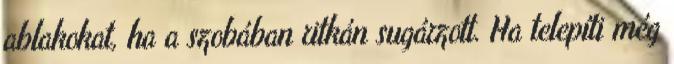
ablakokat, ha a szobában ritkán sugárzott. Ha telepíti még